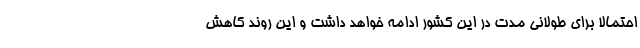
احتمالا برای طولانی مدت در این کشور ادامه خواهد داشت و این روند کاهش